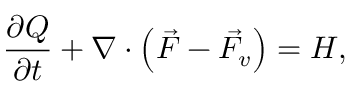
\frac { \partial { Q } } { \partial { t } } + \nabla \cdot \left( \vec { F } - \vec { F _ { v } } \right) = H ,